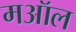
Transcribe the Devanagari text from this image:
मऑल